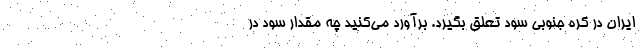
ایران در کره جنوبی سود تعلق بگیرد. برآورد می‌کنید چه مقدار سود در